Riigikantselei, lk 47
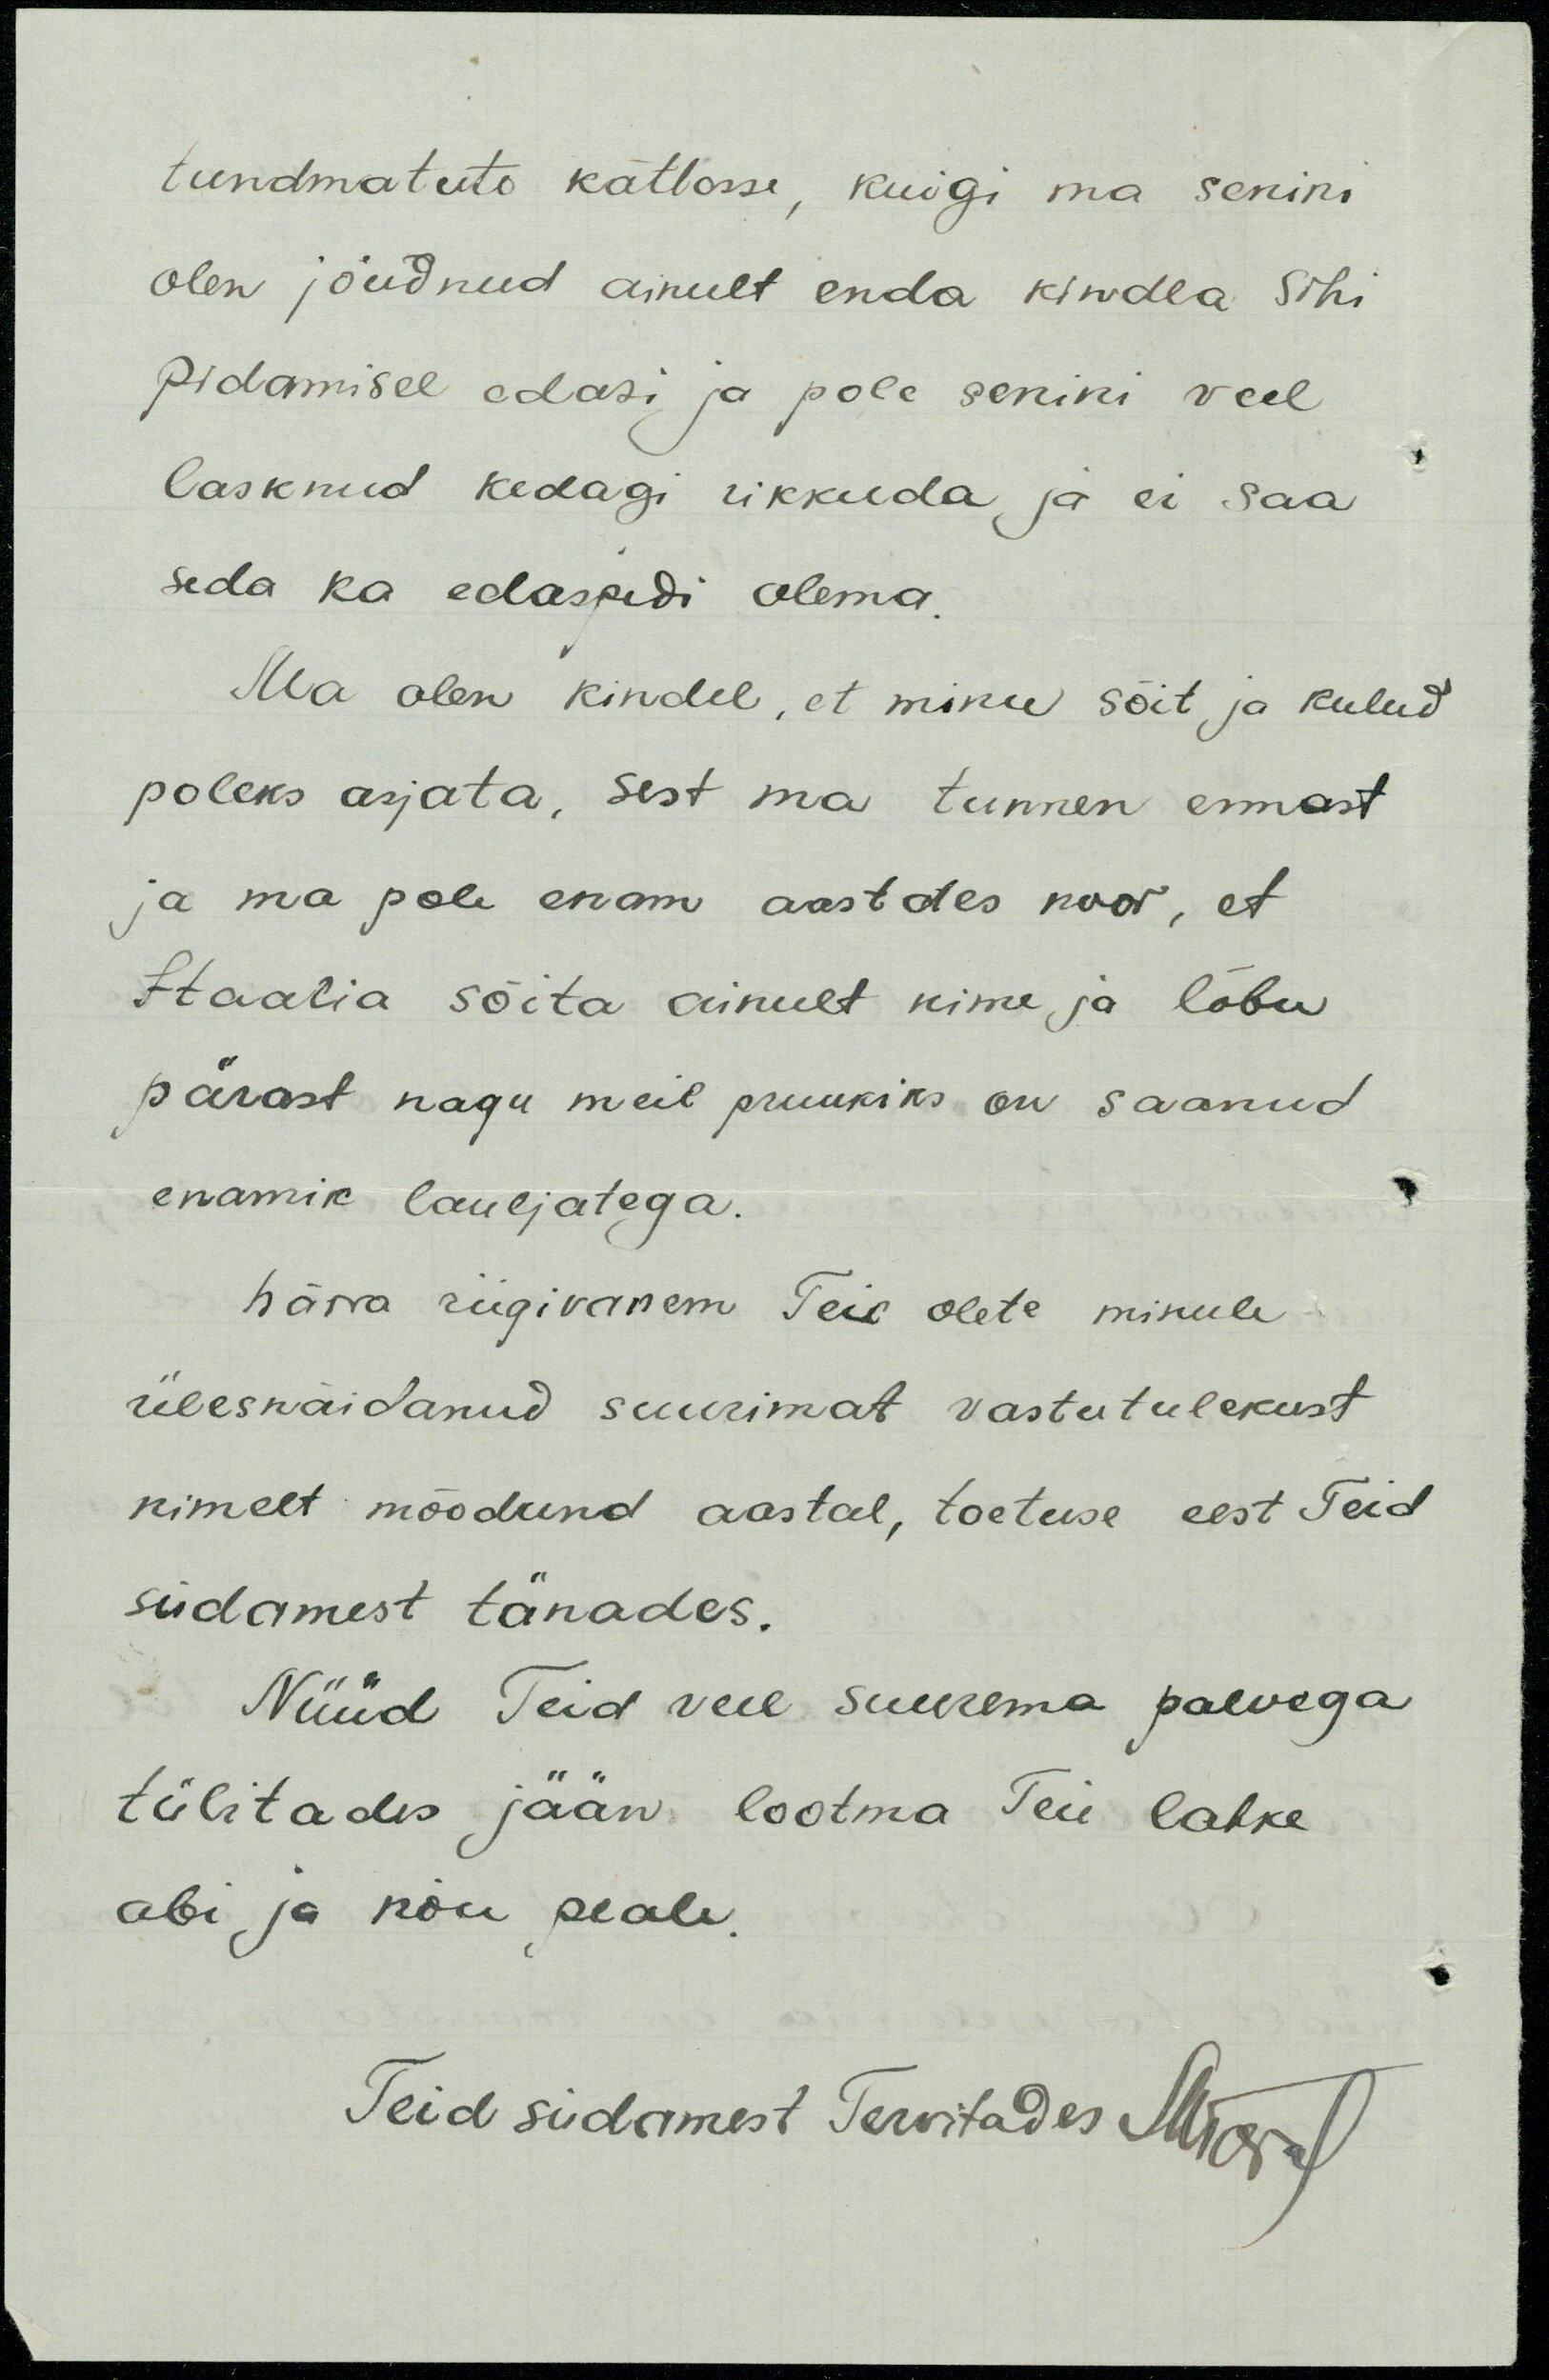
tundmatute kättesse, kuigi ma senini
olen jõudnud ainult enda kindla sihi
pidamisel edasi ja pole senini veel
lasknud kedagi rikkuda ja ei saa
seda ka edaspidi olema.
Ma olen kindel, et minu sõit ja kulud
poleks asjata, sest ma tunnen ennast
ja ma pole enam aastades noor, et
Itaalia sõita ainult nime ja lõbu
pärast nagu meil pruukiks on saanud
enamik lauljatega.
härra riigivanem Teie olete minule
ülesnäidanud suurimat vastutulekust
nimelt möödund aastal, toetuse eest Teid
südamest tänades.
Nüüd Teid veel suurema palvega
tülitades jään lootma Teie lahke
abi ja nõu peale.
Teid südamest tervitades